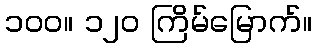
၁၀၀။ ၁၂၀ ကြိမ်မြောက်။